King Institute of Preventive Medicine Micro-Biological Section reports 1909-11
Year: 1909
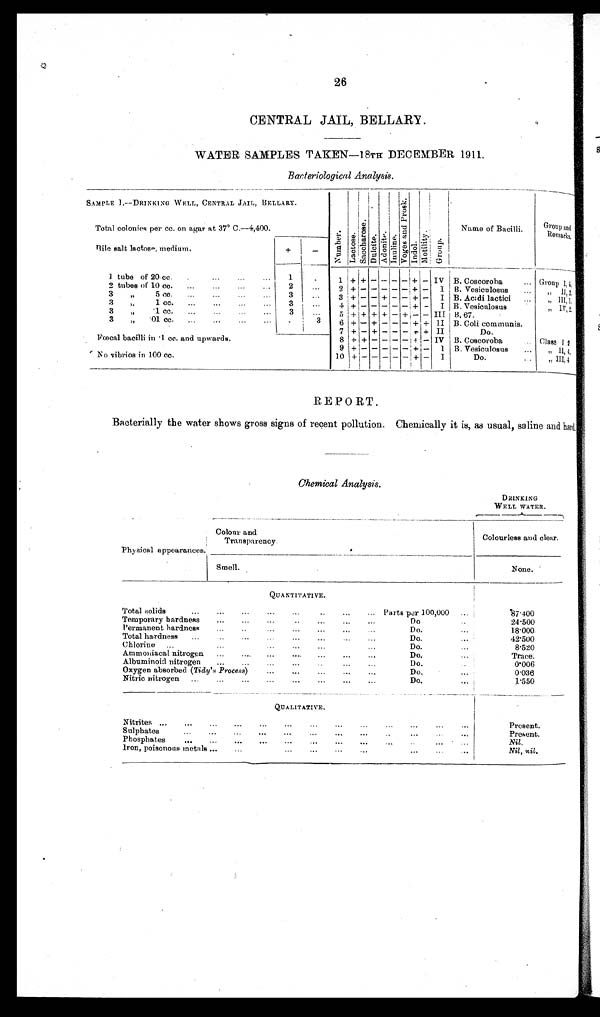
26
CENTRAL JAIL, BELLARY.
WATER SAMPLES TAKEN—18TH DECEMBER 1911.
SAMPLE I—DRINKING WELL, CENTRAL JAIL, BELLARY.
N u m b e r .
L a c t o s e .
Sa c c ha r os e .
D u l c i t e .
Adoni t e.
I n u l i n e .
V o g e s a n d P r o s k .
I n d o l .
M o t i l i t y . G r o u p .
Name of Bacilli.
Group and
Remarks.
Total colonies per cc. on agar at 37° C.—4,400.
Bile salt lactose, medium.
+
-
1 tube of 20 cc.
...
1
. . .
1 +
+
- - - - + - IV B. Coscoroba
... Group I,.5.
2 tubes of 10 cc.
...
...
...
2
...
2
+ - -, - - -. + - I B. Vesiculosus
...
„ I I , 2 .
3 ,, 5 cc.
...
...
...
3
. . .
3
+ - - + - - + - I B. Acidi lactici
...
„ III,1.
3 „ 1 cc.
...
...
...
...
3
. . .
4
+ - - - - -
+ -
I B. Vesiculosus
,, IV,2.
3 „ .1 cc.
...
. . .
3
. . .
5
+
+
+ + - + - - III B.67.
3 ,,.01 cc.
...
...
...
. . .
. . .
3
6 + - + - - - + +
I I B. Coli communis.
Fœcal bacilli in .1 cc. and upwards.
7
+ - + - - -
+ + II
Do.
8 + + - - - - + - IV B. Coscoroba
Class I, 2
9
+ -
- - - - + - I B. Vesiculosus
...
„ II.4.
No vibrios in 100 cc.
10
+ -
- - - - + - I
Do.
„ III,4
REPORT.
Bacterially the water shows gross signs of recent pollution. Chemically it is, as usual, saline and hard.
Chemical Analysis.
DRINKING
WELL WATER.
Physical appearances.
Colour and
Transparency
Colourless and clear.
Smell.
None.
QUANTITATIVE.
Total solids...
Parts per 100,000
...
87.400
Temporary hardness
...
...
...
..
...
...
Do
...
24.500
Permanent hardness.....
Do.
18.000
Total hardness
...
...
...
...
Do.
42.500
Chlorine
...
...
...
...
Do.
......
8.520
Ammoniacal nitrogen
...
....
....
...
Do.
......
Trace.
Albuminoid nitrogen
...
...
Do.
0.006
Oxygen absorbed ( Tidy's Process) ...
...
...
...
Do.
0.036
Nitric nitrogen
...
...
...
...
...
...
Do.
I.550
QUALITATIVE.
Nitrites ...
...
...
...
...
...
...
...
...
Present.
Sulphates
...
...
...
...
...
..
...
...
Present.
Phosphates
...
...
...
Nil.
Iron, poisonous metals ...
...
...
Nil, nil.